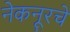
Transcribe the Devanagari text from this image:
नेकनूरचे